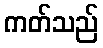
ကတ်သည်